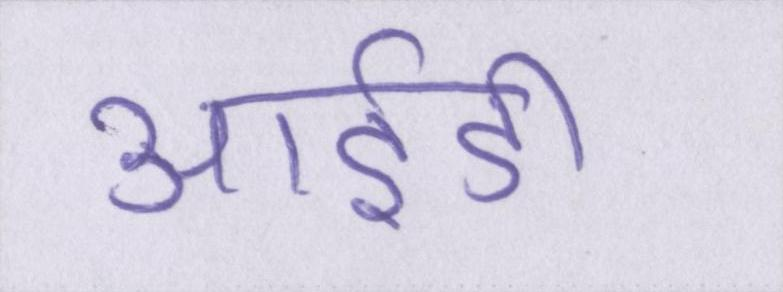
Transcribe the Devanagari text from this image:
आईडी